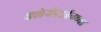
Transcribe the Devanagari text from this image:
क्लेमेंटाईनच्या